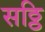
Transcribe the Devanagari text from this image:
सठ्ठि